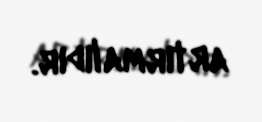
artırmalıdır.